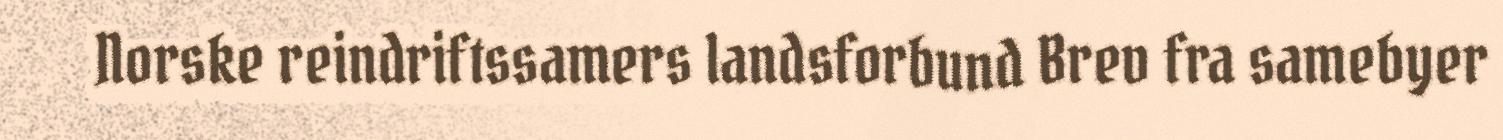
Norske reindriftssamers landsforbund Brev fra samebyer